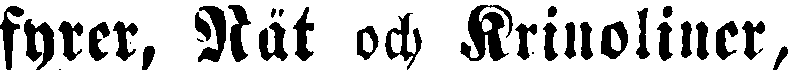
fyrer, Rät och Krinoliner,